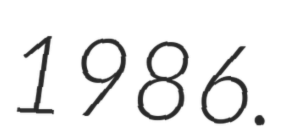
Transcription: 1986.